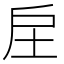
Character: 𢨫